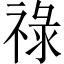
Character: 祿